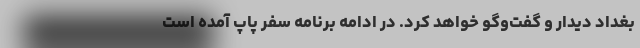
بغداد دیدار و گفت‌وگو خواهد کرد. در ادامه برنامه سفر پاپ آمده است